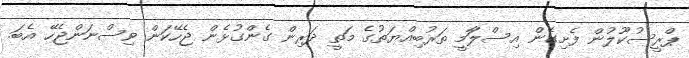
ޕްރީސުކޫލުން ފެށިގެން އިސްލަާމީ ތަރުބިއްޔަތުގެ މަތީ ދަރިން ގެންގުޅެން ޖެހޭކަން ވިސްނަންޖެހޭ އެބަ.